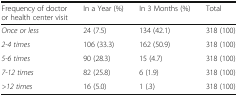
<table><thead><tr><td><b>Frequency of doctor or health center visit</b></td><td><b>In a Year (%)</b></td><td><b>In 3 Months (%)</b></td><td><b>Total</b></td></tr></thead><tbody><tr><td><i>Once or less</i></td><td>24 (7.5)</td><td>134 (42.1)</td><td>318 (100)</td></tr><tr><td><i>2-4 times</i></td><td>106 (33.3)</td><td>162 (50.9)</td><td>318 (100)</td></tr><tr><td><i>5-6 times</i></td><td>90 (28.3)</td><td>15 (4.7)</td><td>318 (100)</td></tr><tr><td><i>7-12 times</i></td><td>82 (25.8)</td><td>6 (1.9)</td><td>318 (100)</td></tr><tr><td><i>&gt;12 times</i></td><td>16 (5.0)</td><td>1 (.3)</td><td>318 (100)</td></tr></tbody></table>